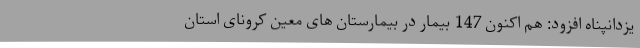
یزدانپناه افزود: هم اکنون 147 بیمار در بیمارستان های معین کرونای استان